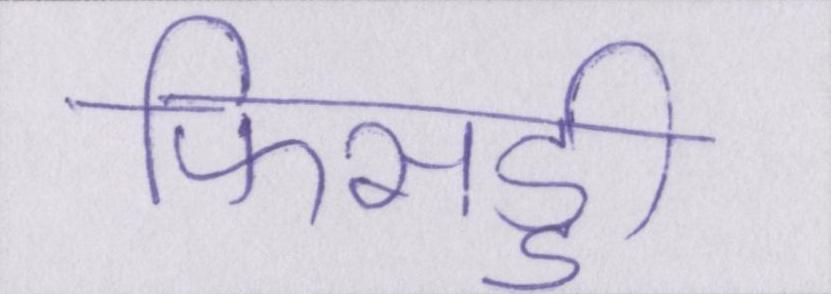
फिसड्डी